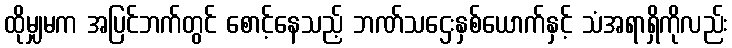
ထိုမျှမက အပြင်ဘက်တွင် စောင့်နေသည့် ဘဏ်သဌေးနှစ်ယောက်နှင့် သံအရာရှိကိုလည်း